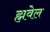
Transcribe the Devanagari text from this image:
ह्मवेल